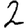
Digit: 2